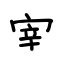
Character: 宰